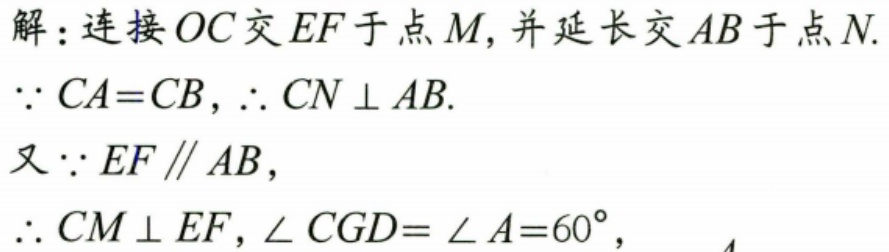
解：连接\(OC\)交\(EF\)于点\(M\)，并延长交\(AB\)于点\(N\).
\(\because CA = CB\)，\(\therefore CN\perp AB\).
又\(\because EF\parallel AB\)，
\(\therefore CM\perp EF\)，\(\angle CGD=\angle A = 60^{\circ}\)，